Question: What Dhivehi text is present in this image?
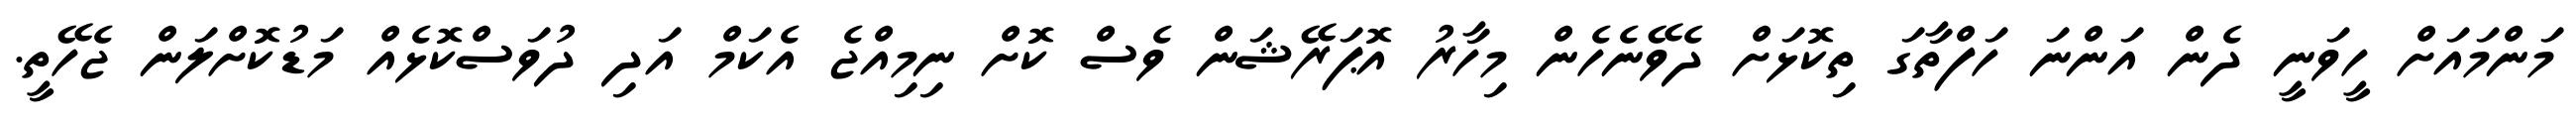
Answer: މަންމައަށް ހީވަނީ ދެން އަންނަ ހަފްތާގަ ތިކޮޅަށް ދެވޭނެހެން މިހާރު އޮޕަރޭޝަން ވެސް ކޮށް ނިމިއްޖެ އެކަމް އަދި ދުވަސްކޮޅެއް މަޑުކޮށްލަން ޖެހޭތީ.